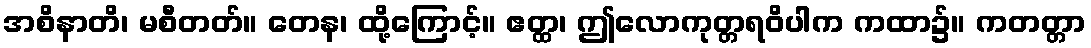
အစိနာတိ၊ မစီတတ်။ တေန၊ ထို့ကြောင့်။ ဧတ္ထ၊ ဤလောကုတ္တရဝိပါက ကထာ၌။ ကတတ္တာ